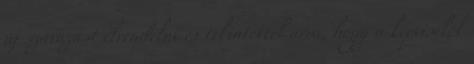
új szavazást elrendelni és tekintettel arra, hogy a képviselők